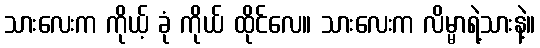
သားလေးက ကိုယ့် ခုံ ကိုယ် ထိုင်လေ။ သားလေးက လိမ္မာရဲ့သားနဲ့။